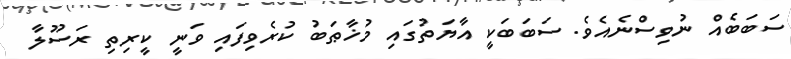
ސަބަބެއް ނުވިސްނެއެވެ. ސަބަބަކީ އާޔަތުގައި މުޚާޠަބު ކުރެވިފައި ވަނީ ކީރިތި ރަސޫލާ